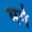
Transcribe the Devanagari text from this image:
मगे